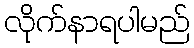
လိုက်နာရပါမည်